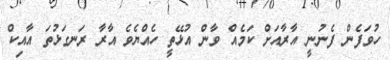
ހުވަފެން ފެނުނީ އާރާއަށް ކަމެއް ވާން އުޅޭތީ ހެއްޔެވެ އާރާ ރަނގަޅުތަ އާއިކް